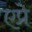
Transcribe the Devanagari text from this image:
एप्रे